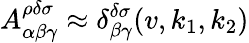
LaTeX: A_{\alpha\beta\gamma}^{\rho\delta\sigma}\approx\delta_{\beta\gamma}^{\delta\sigma}(v,k_{1},k_{2})